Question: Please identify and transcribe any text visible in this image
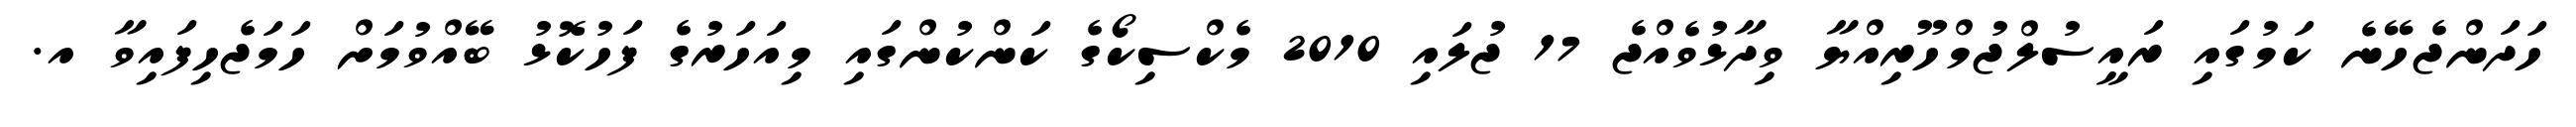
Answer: ހަދަންޖެހޭނެ ކަމުގައި ރައީސުލްޖުމްހޫރިއްޔާ ވިދާޅުވެއްޖެ 17 ޖުލައި 2010 މެކްސިކޯގެ ކަންކުންގައި މިއަހަރުގެ ފަހުކޮޅު ބޭއްވުމަށް ހަމަޖެހިފައިވާ އ.